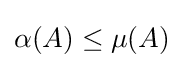
\alpha (A)\leq \mu (A)